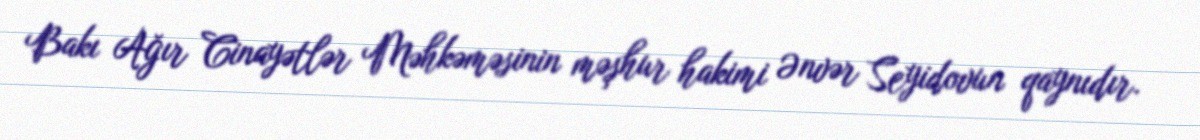
Bakı Ağır Cinayətlər Məhkəməsinin məşhur hakimi Ənvər Seyidovun qaynıdır.